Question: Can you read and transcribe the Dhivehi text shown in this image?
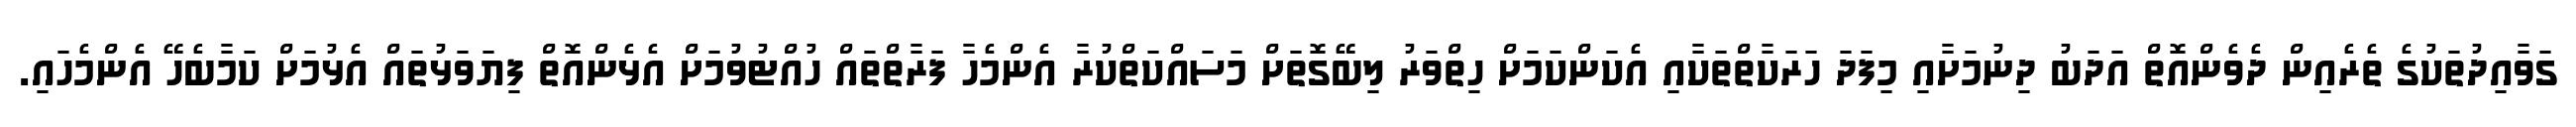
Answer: ގަވާއިދުތަކުގެ ތެރެއިން ދެވެންއޮތް އަދަބު ދިނުމަށާއި މިފަދަ ހަރަކާތްތަކާއި އެކަންކަމަށް ހިތްވަރު ލިބޭގޮތަށް މަސައްކަތްކުރާ އެންމެހާ ފަރާތްތައް ހުއްޓުވުމަށް އެޅެންއޮތް ފިޔަވަޅުތައް އެޅުމަށް ކަމާބެހޭ އެންމެހައި.